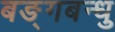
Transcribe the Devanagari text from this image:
बङ्गबन्धु